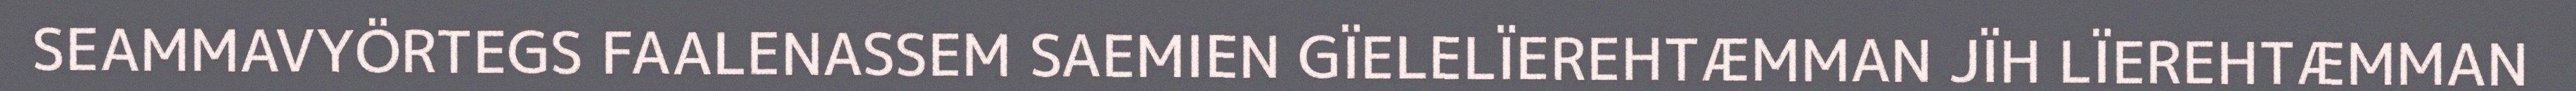
SEAMMAVYÖRTEGS FAALENASSEM SAEMIEN GÏELELÏEREHTÆMMAN JÏH LÏEREHTÆMMAN